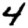
Digit: 4